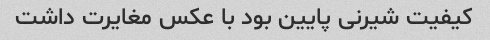
کیفیت شیرنی پایین بود با عکس مغایرت داشت